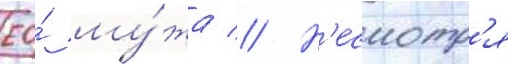
ео́ му́жа // Н'есмотр'я